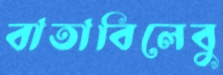
বাতাবিলেবু